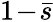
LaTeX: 1\! -\! \bar{s}